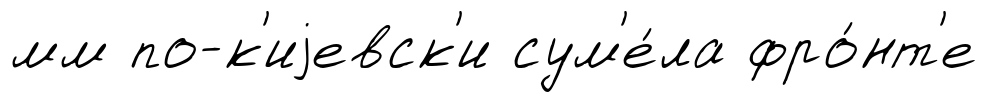
мм по-к'иjевск'и сум'е́ла фро́нт'е